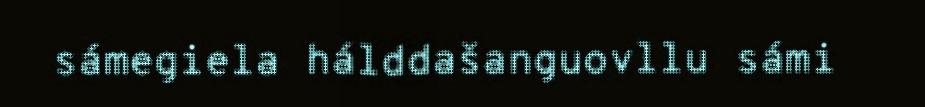
sámegiela hálddašanguovllu sámi